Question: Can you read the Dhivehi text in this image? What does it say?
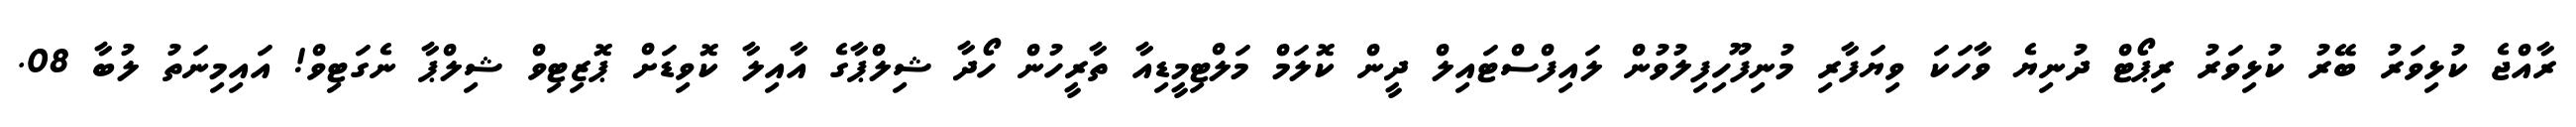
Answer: ރާއްޖެ ކުޅިވަރު ބޭރު ކުޅިވަރު ރިޕޯޓް ދުނިޔެ ވާހަކަ ވިޔަފާރި މުނިފޫހިފިލުވުން ލައިފްސްޓައިލް ދީން ކޮލަމް މަލްޓިމީޑިއާ ތާރީހުން ހޯދާ ޝިލްޕާގެ އާއިލާ ކޮވިޑަށް ޕޮޒިޓިވް ޝިލްޕާ ނެގަޓިވް! އައިމިނަތު ލުބާ 08.